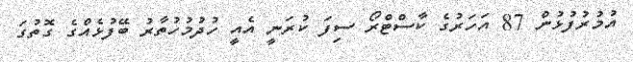
އުމުރުފުޅުން 87 އަހަރުގެ ކާސްޓްރޯ ސިފަ ކުރަނީ އެއީ ހުދުމުހުތާރު ބޭފުޅެއްގެ ގޮތުގަ